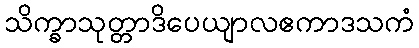
သိက္ခာသုတ္တာဒိပေယျာလဧကာဒသကံ